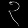
Digit: ၃